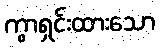
ကွာရှင်းထားသော